Civil Veterinary Department Bihar & Orissa reports 1922-29 - 1922-1929
Year: 1922
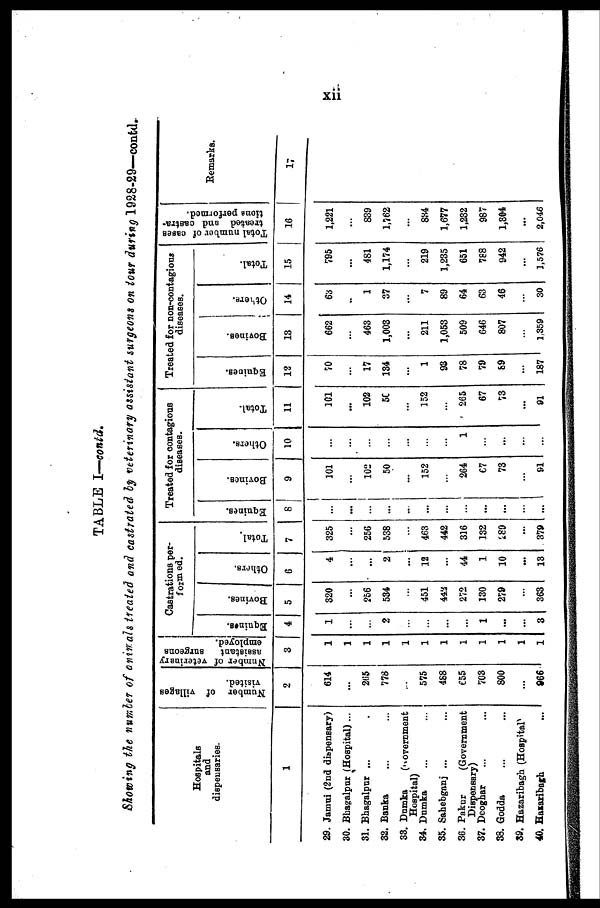
TABLE I—contd.
Showing the number of animals treated and castrated by veterinary assistant surgeons on tour during 1928-29—contd.
Hospitals
and
dispensaries.
1
29. Jamui (2nd dispensary)
30. Bhagalpur (Hospital) ...
31. Bhagalpur ...
32. Banka
33. Dumka
(government
Hospital)
34. Dumka
35. Sahebganj ...
36. Pakur
(Government
Dispensary)
37. Deoghar
38. Godda
39. Hazaribagh (Hospitals)
40. Hazaribagh
Number of Tillages
visited.
2
614
...
265
778
...
575
488
655
703
800
...
866
Number
of veterinary
assistant
surgeons
employed.
3
1
1
1
1
1
1
1
1
1
1
1
1
Castrations per-
formed.
Equi nes .
4
1
...
...
2
...
...
...
...
1
...
...
8
Bovines.
5
320
...
256
534
...
451
443
272
130
279
...
363
Others.
6
4
...
...
2
...
12
...
44
1
10
...
13
Total,
7
325
...
256
538
...
463
442
316
132
289
...
379
Treated for contagions
diseases.
Eqnines.
8
...
...
Bovines.
9
101
...
102
50
...
152
...
264
67
78
...
91
Others.
10
...
...
...
...
...
...
...
1
...
...
...
...
Total.
11
101
...
102
50
...
152
...
265
67
73
...
91
Treated for non-contagions
diseases.
Equities.
12
70
...
17
134
...
1
93
78
79
69
...
187
Bovi nes .
13
662
...
463
1,003
...
211
1,053
509
646
807
...
1,359
Ot her s .
14
63
..
1
37
...
7
89
64
63
46
...
... 30
Total.
15
795
...
481
1,174
...
219
1,235
651
788
942
...
1,576
Total number
of cases
treated and castro-
tiona performed.
16
1,221
...
839
1,762
...
834
1,677
1,232
987
1,804
...
2,046
Remarks.
17